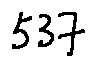
5 3 7